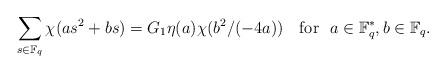
LaTeX: \begin{align*} \sum_{s\in \mathbb F_q} \chi(as^2+bs) = G_1 \eta(a) \chi({b^2}/{(-4a)})\quad\mbox{for}~~a\in \mathbb F_q^*, b\in \mathbb F_q.\end{align*}